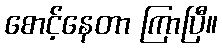
စောင့်နေတာ ကြာပြီ။